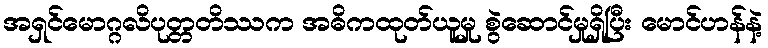
အရှင်မောဂ္ဂလိပုတ္တတိဿက အဓိကထုတ်ယူမှု စွဲဆောင်မှုရှိပြီး မောင်ဟန်နဲ့